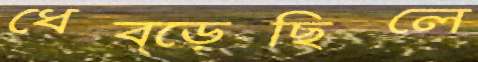
ধেব্‌ড়েছিলে